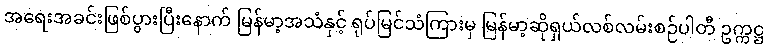
အရေးအခင်းဖြစ်ပွားပြီးနောက် မြန်မာ့အသံနှင့် ရုပ်မြင်သံကြားမှ မြန်မာ့ဆိုရှယ်လစ်လမ်းစဉ်ပါတီ ဥက္ကဋ္ဌ